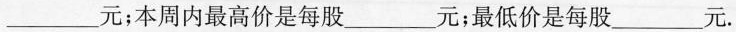
___元；本周内最高价是每股___元；最低价是每股___元.